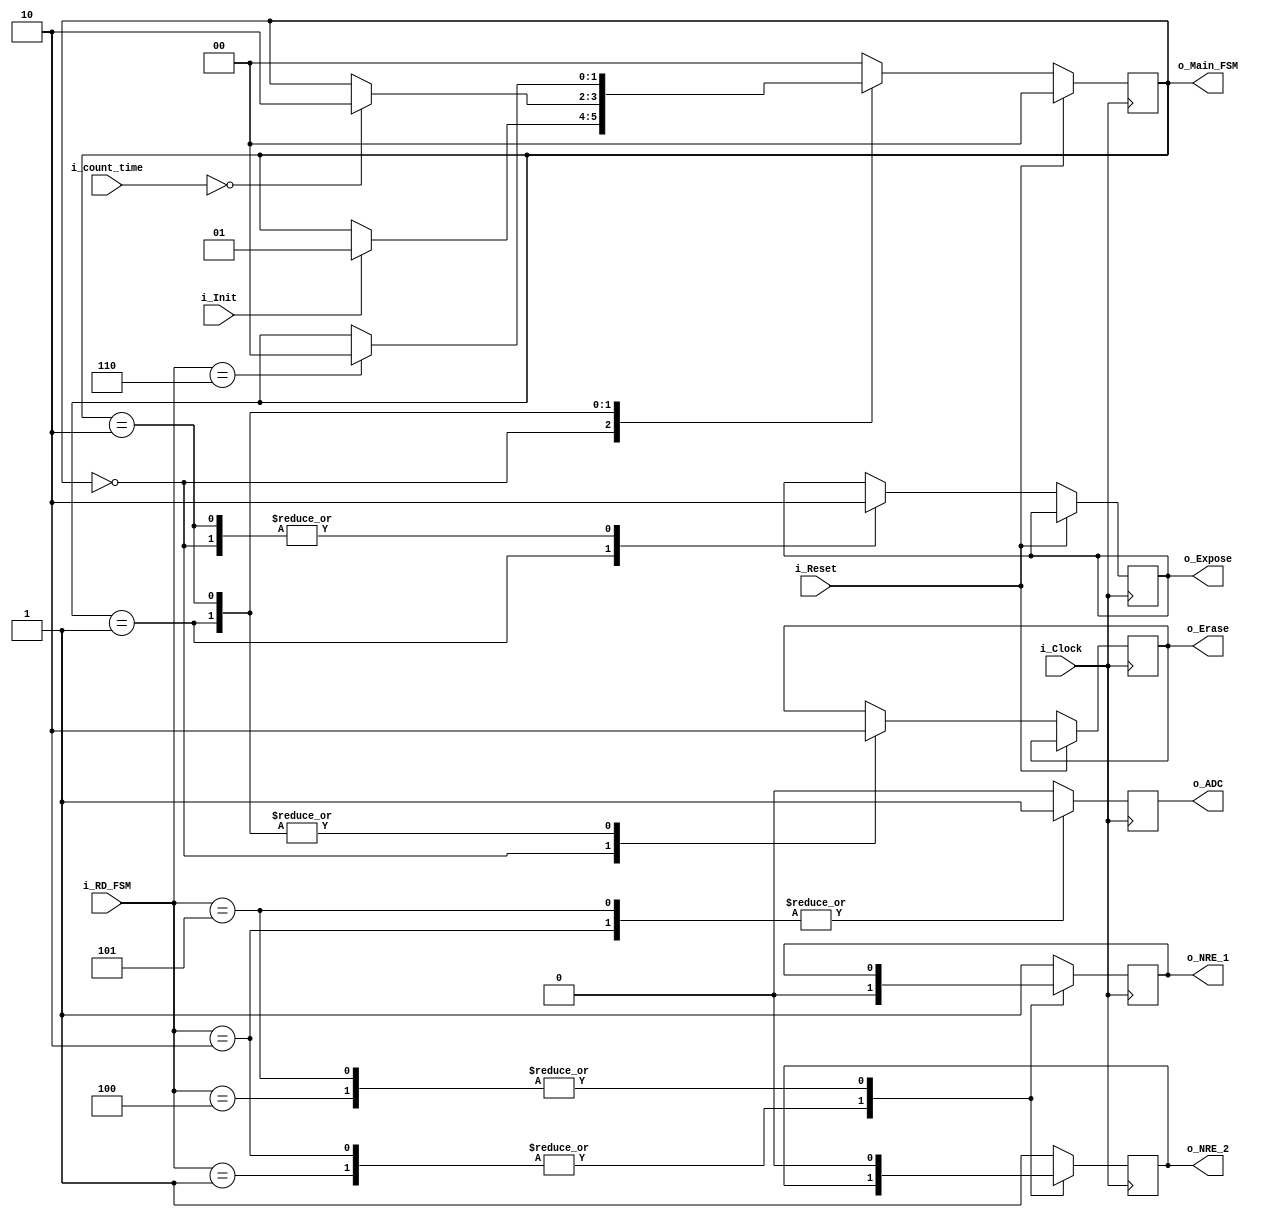
module FSM_ex_control (i_Init, i_Clock, i_Reset, i_count_time, i_RD_FSM, o_NRE_1, o_NRE_2, o_ADC, o_Expose, o_Erase, o_Main_FSM);
	input i_Init, i_Clock, i_Reset;
	input [4:0] i_count_time;
	input [2:0] i_RD_FSM;
	output o_NRE_1, o_NRE_2, o_ADC, o_Expose, o_Erase;
	output [1:0] o_Main_FSM;

	parameter s_IDLE	 = 2'b00;
	parameter s_EXPOSURE = 2'b01;
	parameter s_READOUT	 = 2'b10;
	
	parameter s_INIT	= 3'b000;
	parameter s_NRE_1	= 3'b001;
	parameter s_ADC_1	= 3'b010;
	parameter s_NOTHING	= 3'b011;
	parameter s_NRE_2	= 3'b100;
	parameter s_ADC_2	= 3'b101;
  	parameter s_END		= 3'b110;
  
	reg r_NRE_1		= 1'b1;
	reg r_NRE_2		= 1'b1;
	reg r_ADC		= 1'b0;
	reg r_Expose	= 1'b0;
	reg r_Erase 	= 1'b0;
	reg [1:0] r_Main_FSM = s_IDLE;

	always @(posedge i_Clock) begin
		case (i_RD_FSM)
			s_NRE_1 : begin
				r_NRE_1 <= 1'b0;
				r_ADC <= 1'b0;
			end
			s_ADC_1 : begin
				r_NRE_1 <= 1'b0;
				r_ADC <= 1'b1;
			end
			s_NRE_2 : begin
				r_NRE_2 <= 1'b0;
				r_ADC <= 1'b0;
			end
			s_ADC_2 : begin
				r_NRE_2 <= 1'b0;
				r_ADC <= 1'b1;
			end
			default : begin	//s_INIT, s_NOTHING, s_END
				r_NRE_1 <= 1'b1;
				r_NRE_2 <= 1'b1;
				r_ADC <= 1'b0;
			end
		endcase
	end //always@ (posedge i_Clock)
	
	always @(posedge i_Clock) begin
		if (i_Reset == 1'b1) begin
			r_Main_FSM <= s_IDLE;
		end
		else begin
			case (r_Main_FSM)
				s_IDLE : begin
					r_Expose <= 1'b0;	//I make sure no current is read from Photodiode
					r_Erase <= 1'b1;	//Capacitor must discharge for next picture
					if (i_Init == 1'b1) begin
						r_Main_FSM <= s_EXPOSURE;
					end
				end
				s_EXPOSURE : begin
					r_Expose <= 1'b1;	//Time to read the current from Photodiode
					r_Erase <= 1'b0;	//Capacitor is being charged, so no discharged allowed
					if (i_count_time == 1'b0) begin //This state must hold while the counter is not 0
						r_Main_FSM <= s_READOUT;
					end
				end
				s_READOUT : begin
					r_Expose <= 1'b0;	//The light has already been taken, so no more is taken
					r_Erase <= 1'b0;	//Capacitor must hold the data to sent it through the ADC
					if (i_RD_FSM == s_END) begin //This state must hold until the timer process finishes
						r_Main_FSM <= s_IDLE;
					end
				end
				default : begin
					r_Main_FSM <= s_IDLE;
				end
			endcase
		end
	end //always@ (posedge i_Clock)

	assign o_NRE_1	= r_NRE_1;
	assign o_NRE_2	= r_NRE_2;
	assign o_ADC 	= r_ADC;
	assign o_Expose	= r_Expose;
	assign o_Erase	= r_Erase;
	assign o_Main_FSM = r_Main_FSM;

endmodule //FSM_ex_control